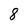
Character: 8